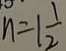
n = 1 \frac { 1 } { 2 }